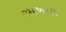
રમખાણ